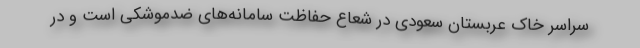
سراسر خاک عربستان سعودی در شعاع حفاظت سامانه‌های ضدموشکی است و در